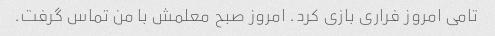
تامی امروز فراری بازی کرد. امروز صبح معلمش با من تماس گرفت.